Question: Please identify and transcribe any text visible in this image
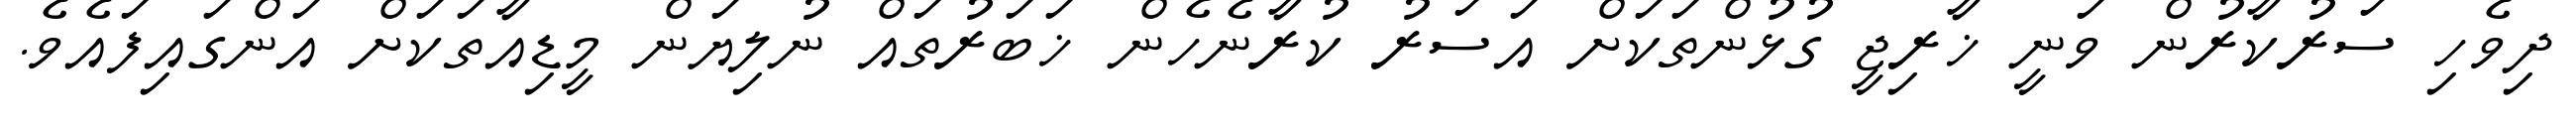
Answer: ދިވެހި ސަރުކާރުން ވަނީ ޚާރިޖީ ގުޅުންތަކަށް އަސަރު ކުރާނެހެން ޚަބަރުތައް ނުލިޔަން މީޑިއާތަކަށް އަންގައިފައެވެ.